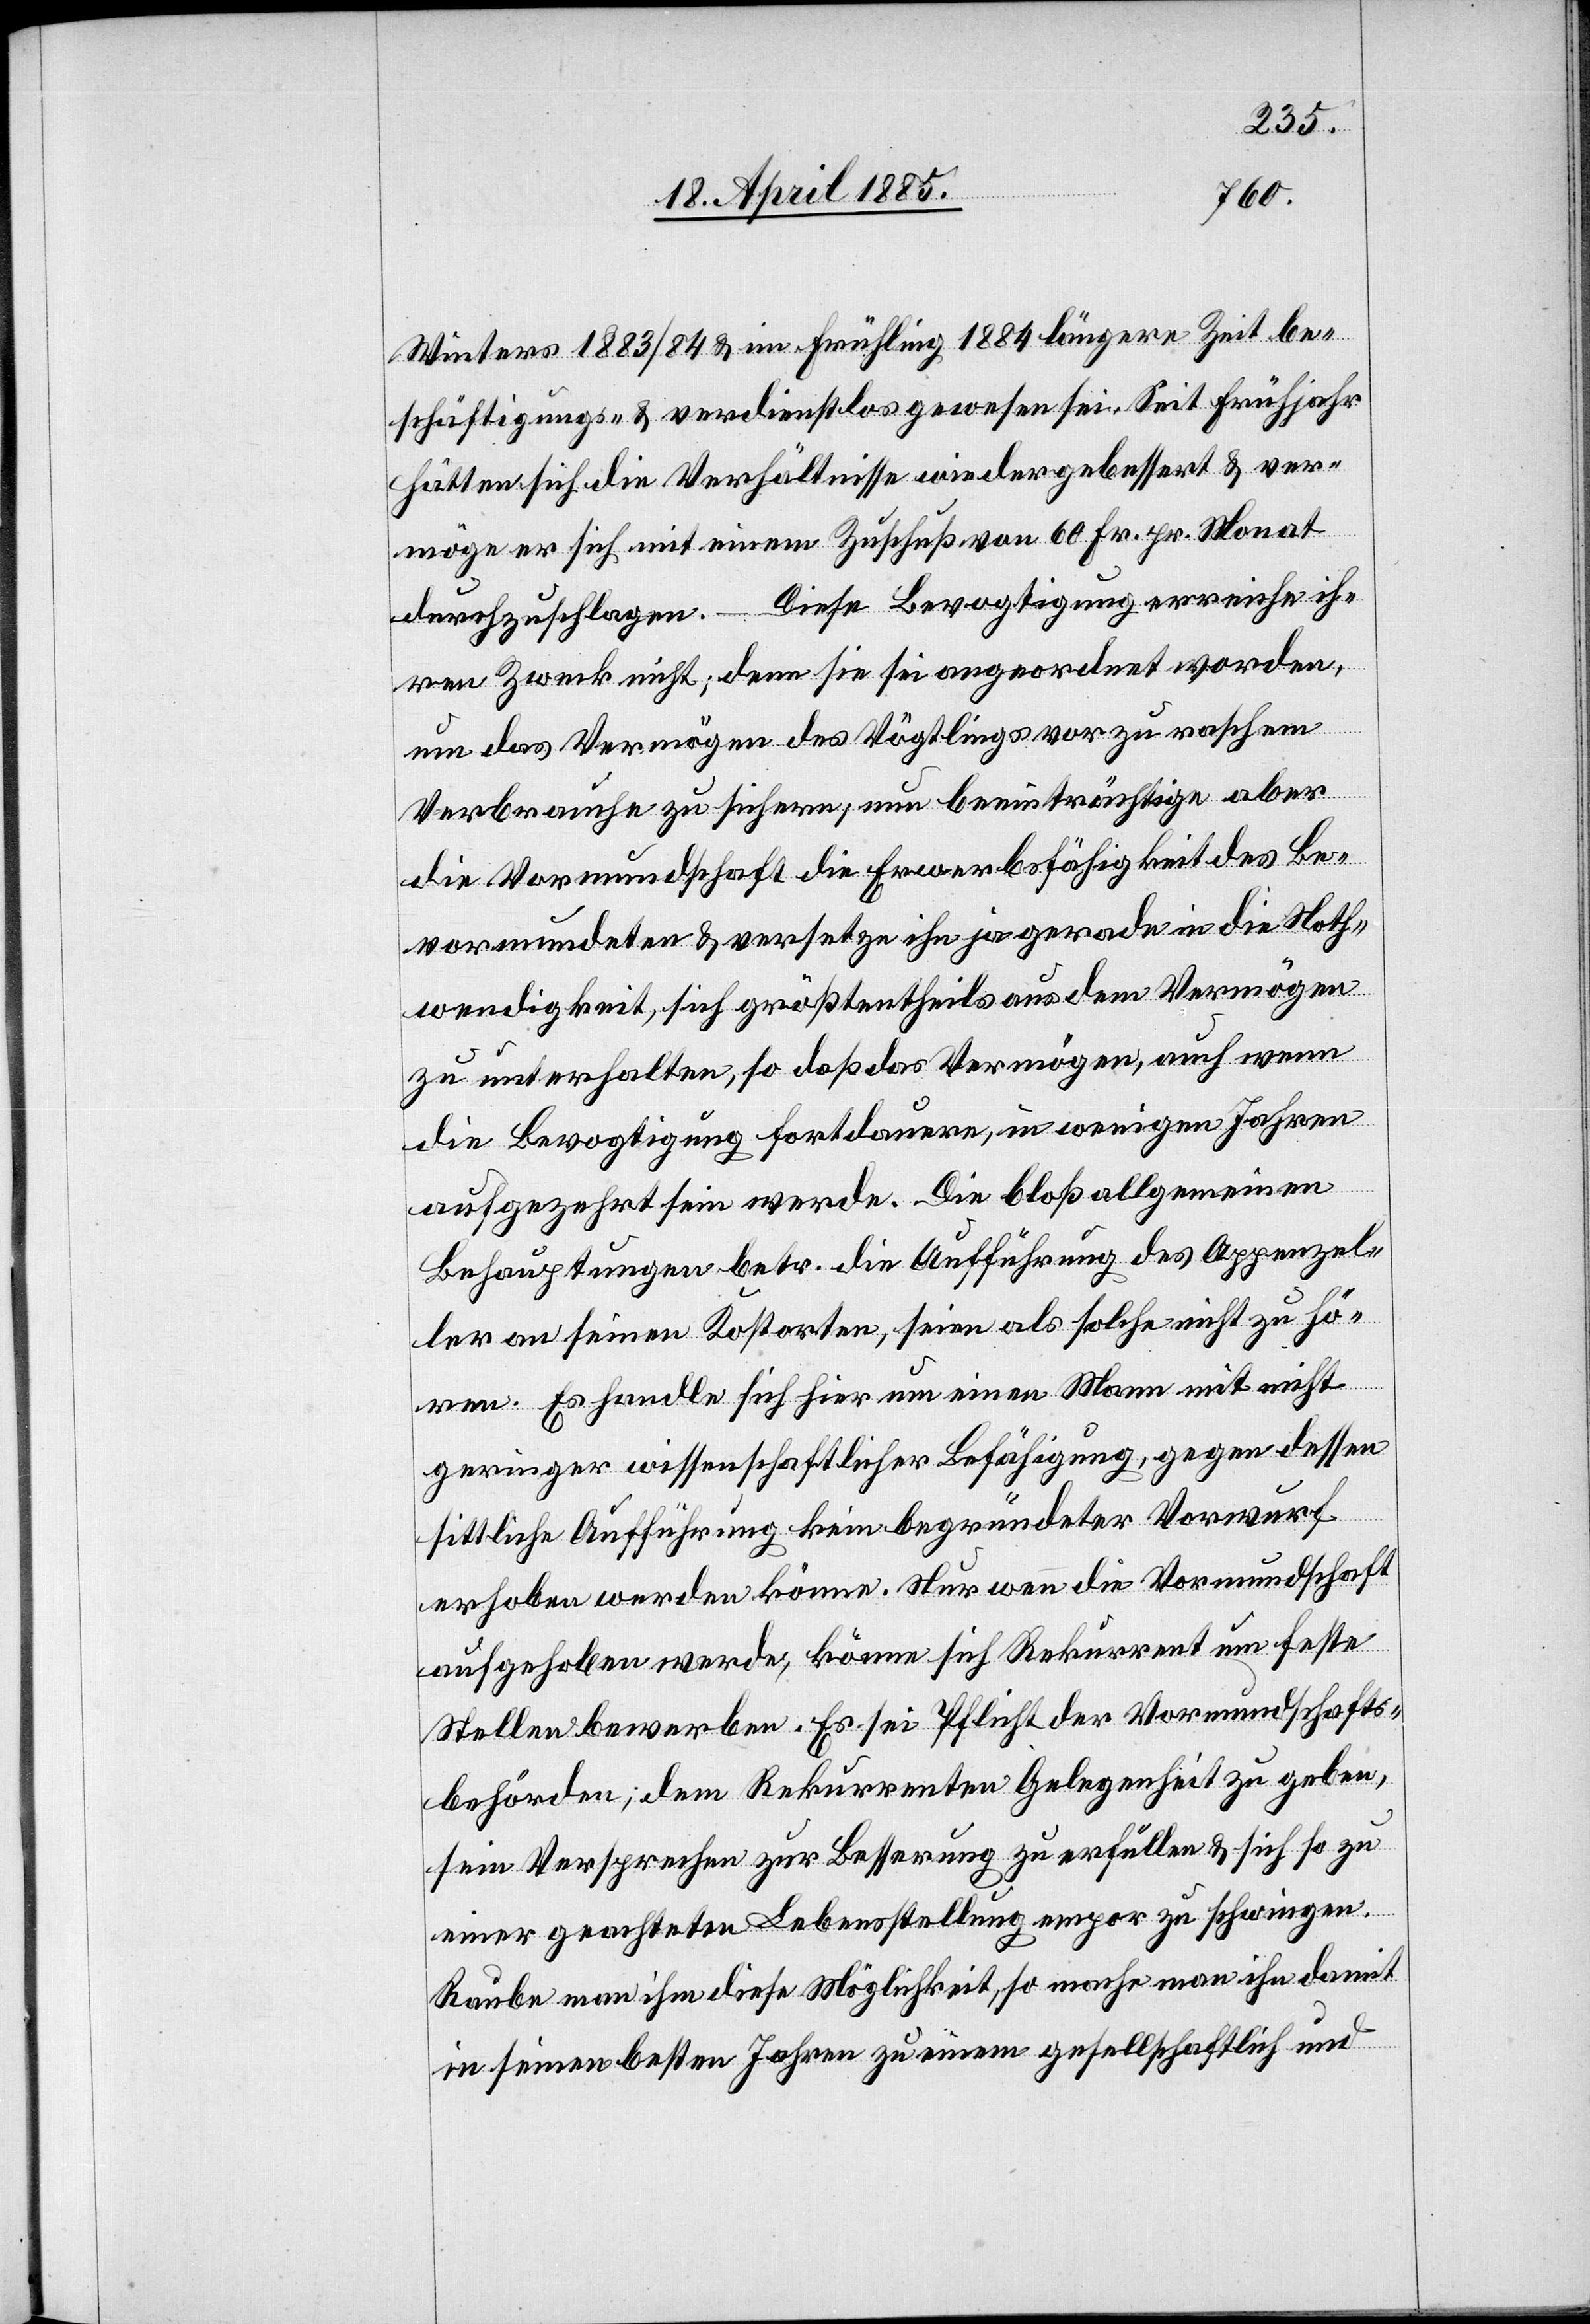
Winters 1883/84 & im Frühling 1884 längere Zeit be¬
schäftigungs- & verdienstlos gewesen sei. Seit Frühjahr
hätten sich die Verhältnisse wieder gebessert & ver¬
möge er sich mit einem Zuschuß von 60 Fr. pr. Monat
durchzuschlagen. – Diese Bevogtigung erreiche ih¬
ren Zweck nicht; denn sie sei angeordnet worden,
um das Vermögen des Vögtlings vor zu raschem
Verbrauche zu sichern, nun beeinträchtigt aber
die Vormundschaft die Erwerbsfähigkeit des Be¬
vormundeten & versetze ihn ja gerade in die Noth¬
wendigkeit, sich größtentheils aus dem Vermögen
zu unterhalten, so daß das Vermögen, auch wenn
die Bevogtigung fortdauere, in wenigen Jahren
aufgezehrt sein werde. Die bloß allgemeinen
Behauptungen betr. die Aufführung des Appenzel¬
ler an seinen Kostorten, seien als solche nicht zu hö¬
ren. Es handle sich hier um einen Mann mit nicht
geringer wissenschaftlicher Befähigung, gegen dessen
sittliche Aufführung kein begründeter Vorwurf
erhoben werden könne. Nur wenn die Vormundschaft
aufgehoben werde, könne sich Rekurrent um feste
Stellen bewerben. Es sei Pflicht der Vormundschafts¬
behörden, dem Rekurrenten Gelegenheit zu geben,
sein Versprechen zur Besserung zu erfüllen & sich so zu
einer geachteten Lebensstellung empor zu schwingen.
Raube man ihm diese Möglichkeit, so mache man ihn damit
in seinen besten Jahren zu einem gesellschaftlich und